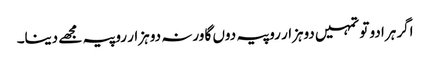
اگر ہرا دو تو تمہیں دوہزار روپیہ دوں گا ورنہ دو ہزار روپیہ مجھے دینا۔